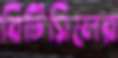
বিটিসিলের